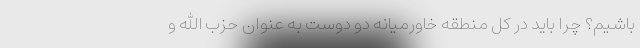
باشیم؟ چرا باید در کل منطقه خاورمیانه دو دوست به عنوان حزب الله و